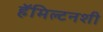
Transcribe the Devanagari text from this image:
हॅमिल्टनशी